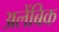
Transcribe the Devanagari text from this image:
अलेंबिक